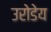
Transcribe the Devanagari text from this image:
उरोडेय